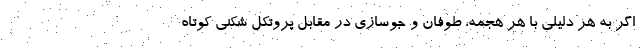
اگر به هر دلیلی با هر هجمه، طوفان و جوسازی در مقابل پروتکل شکنی کوتاه